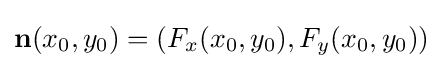
\mathbf {n} (x_{0},y_{0})=(F_{x}(x_{0},y_{0}),F_{y}(x_{0},y_{0}))